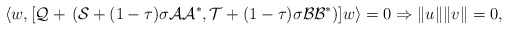
\begin{align*}\langle w, [\mathcal{Q}+\,(\mathcal{S}+(1-\tau)\sigma\mathcal{A}\mathcal{A}^*, \mathcal{T} + (1-\tau)\sigma\mathcal{B}\mathcal{B}^*)]w\rangle = 0 \Rightarrow \|u\|\|v\| = 0,\end{align*}